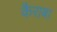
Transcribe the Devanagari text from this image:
कैराबा